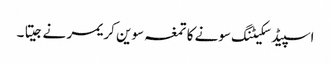
اسپیڈ سکیٹنگ سونے کا تمغہ سوین کریمر نے جیتا ۔